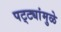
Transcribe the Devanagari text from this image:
पट्ट्यांमुळे